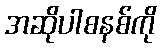
အဆိုပါစနစ်ကို